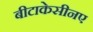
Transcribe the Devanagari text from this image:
बीटाकेसीनए